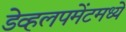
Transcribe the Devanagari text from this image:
डेव्हलपमेंटमध्ये